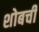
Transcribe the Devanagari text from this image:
शोबची